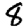
Digit: 8